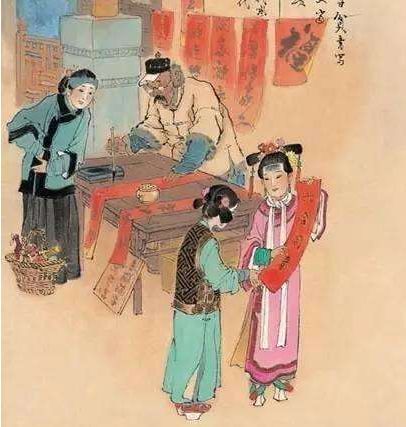
月傍苑楼灯影暗，风传阁道马蹄回。